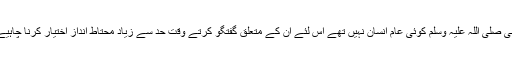
نبی صلی اللہ علیہ وسلم کوئی عام انسان نہیں تھے اس لئے ان کے متعلق گفتگو کرتے وقت حد سے زیاد محتاط انداز اختیار کرنا چاہیے۔